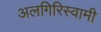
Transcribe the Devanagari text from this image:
अलगिरिस्वामी